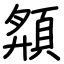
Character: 頯